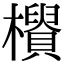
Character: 𣟨